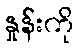
နှုန်းကို